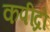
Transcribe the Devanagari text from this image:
कपींद्रो